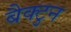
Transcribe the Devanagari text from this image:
बैक्टुन